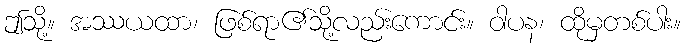
ဤသို့။ အဿယထာ၊ ဖြစ်ရာ၏သို့လည်းကောင်း။ ဝါပန၊ ထိုမှတစ်ပါး။